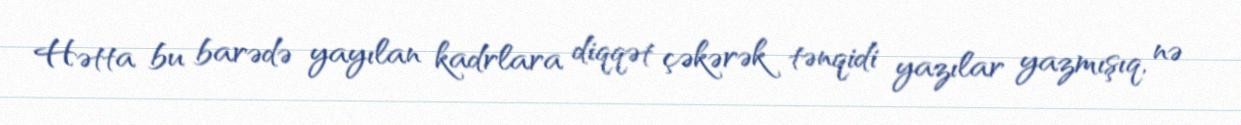
Hətta bu barədə yayılan kadrlara diqqət çəkərək tənqidi yazılar yazmışıq, nə